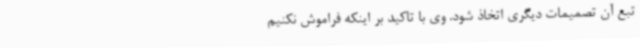
تبع آن تصمیمات دیگری اتخاذ شود. وی با تاکید بر اینکه فراموش نکنیم